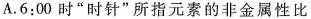
A.6:00时”时针”所指元素的非金属性比